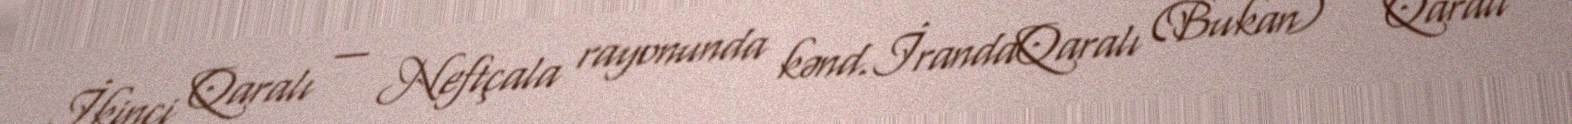
İkinci Qaralı — Neftçala rayonunda kənd.İrandaQaralı (Bukan) — Qaralı